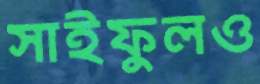
সাইফুলও